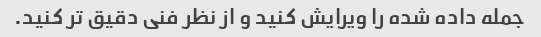
جمله داده شده را ویرایش کنید و از نظر فنی دقیق تر کنید.